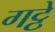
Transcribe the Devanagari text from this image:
गट्ठे